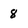
Character: 8